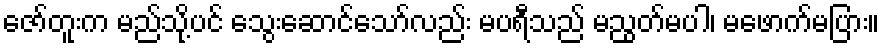
ဇော်တူးက မည်သို့ပင် သွေးဆောင်သော်လည်း မပရီသည် မညွတ်မပါ၊ မဖောက်မပြား။